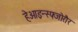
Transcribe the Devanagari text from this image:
हेओइन्स्फ्जोरौर